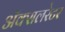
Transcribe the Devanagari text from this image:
ॲक्सलरेटर